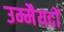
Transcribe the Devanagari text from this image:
उम्मैयदों